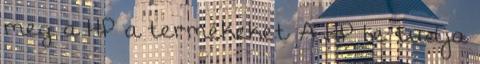
meg a HP a termékeket A HP be tudja